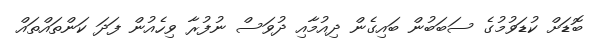
ބޮޑަށް ކުޑަވުމުގެ ސަބަބުން ބައިގެން ދިއުމާއި ދުވަސް ނުފުރާ ވިހެއުން ފަދަ ކަންތައްތައް